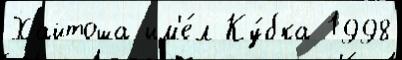
Хайтоша им'е́л Ку́бка 1998